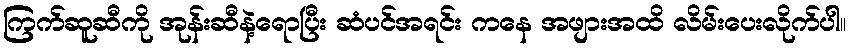
ကြက်ဆူဆီကို အုန်းဆီနဲ့ရောပြီး ဆံပင်အရင်း ကနေ အဖျားအထိ လိမ်းပေးလိုက်ပါ။